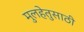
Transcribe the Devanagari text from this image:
मुलहेतुसाठी